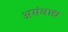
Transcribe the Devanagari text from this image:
असंवाद्य